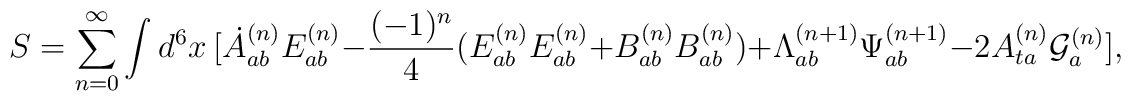
S = \sum_{n=0}^{\infty} \int d^6x \ [\dot{A}_{ab}^{(n)}E^{(n)}_{ab} - \frac{(-1)^n}{4}(E_{ab}^{(n)}E_{ab}^{(n)} + B_{ab}^{(n)}B_{ab}^{(n)}) + {\Lambda}_{ab}^{(n+1)}{\Psi}_{ab}^{(n+1)} - 2 A_{ta}^{(n)}{\cal G}_a^{(n)}] ,